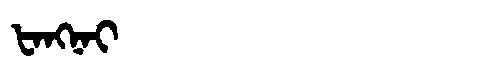
Manchu: ᡶᠠᠩᠨᠠᡳ
Romanization: FANGNAI